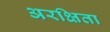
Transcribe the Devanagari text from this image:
अरक्षिता